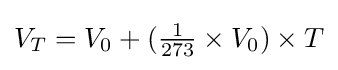
V_{T}=V_{0}+({\tfrac {1}{273}}\times V_{0})\times T